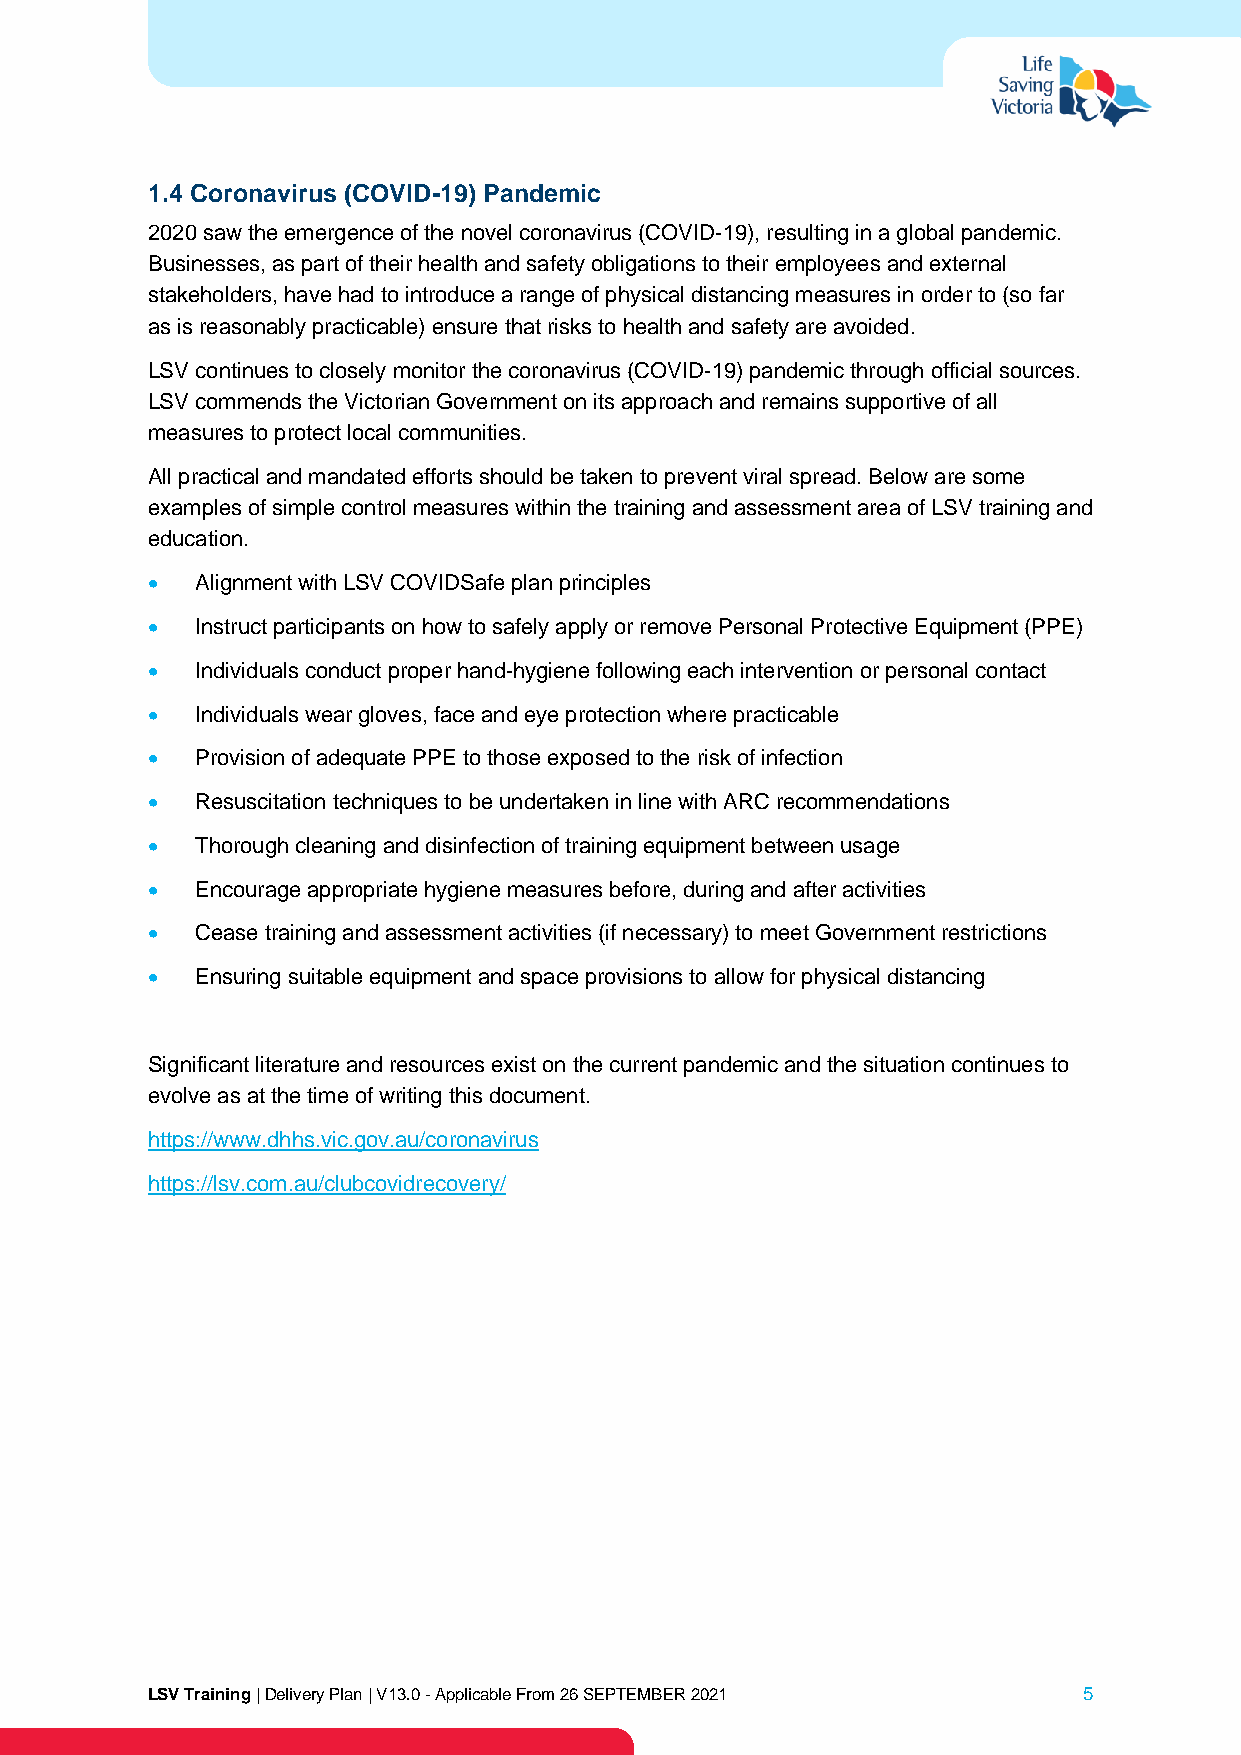
1.4 Coronavirus (COVID-19) Pandemic
 2020 saw the emergence of the novel coronavirus (COVID-19), resulting in a global pandemic.
 Businesses, as part of their health and safety obligations to their employees and external
 stakeholders, have had to introduce a range of physical distancing measures in order to (so far
 as is reasonably practicable) ensure that risks to health and safety are avoided.
 LSV continues to closely monitor the coronavirus (COVID-19) pandemic through official sources.
 LSV commends the Victorian Government on its approach and remains supportive of all
 measures to protect local communities.
 All practical and mandated efforts should be taken to prevent viral spread. Below are some
 examples of simple control measures within the training and assessment area of LSV training and
 education.
 •  Alignment with LSV COVIDSafe plan principles
 •  Instruct participants on how to safely apply or remove Personal Protective Equipment (PPE)
 •  Individuals conduct proper hand-hygiene following each intervention or personal contact
 •  Individuals wear gloves, face and eye protection where practicable
 •  Provision of adequate PPE to those exposed to the risk of infection
 •  Resuscitation techniques to be undertaken in line with ARC recommendations
 •  Thorough cleaning and disinfection of training equipment between usage
 •  Encourage appropriate hygiene measures before, during and after activities
 •  Cease training and assessment activities (if necessary) to meet Government restrictions
 •  Ensuring suitable equipment and space provisions to allow for physical distancing
 Significant literature and resources exist on the current pandemic and the situation continues to
 evolve as at the time of writing this document.
 https://www.dhhs.vic.gov.au/coronavirus
 https://lsv.com.au/clubcovidrecovery/
 LSV Training | Delivery Plan | V13.0 - Applicable From 26 SEPTEMBER 2021 5